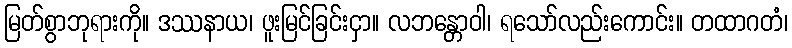
မြတ်စွာဘုရားကို။ ဒဿနာယ၊ ဖူးမြင်ခြင်းငှာ။ လဘန္တောဝါ၊ ရသော်လည်းကောင်း။ တထာဂတံ၊